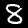
Label: 8